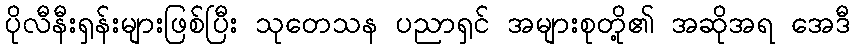
ပိုလီနီးရှန်းများဖြစ်ပြီး သုတေသန ပညာရှင် အများစုတို့၏ အဆိုအရ အေဒီ